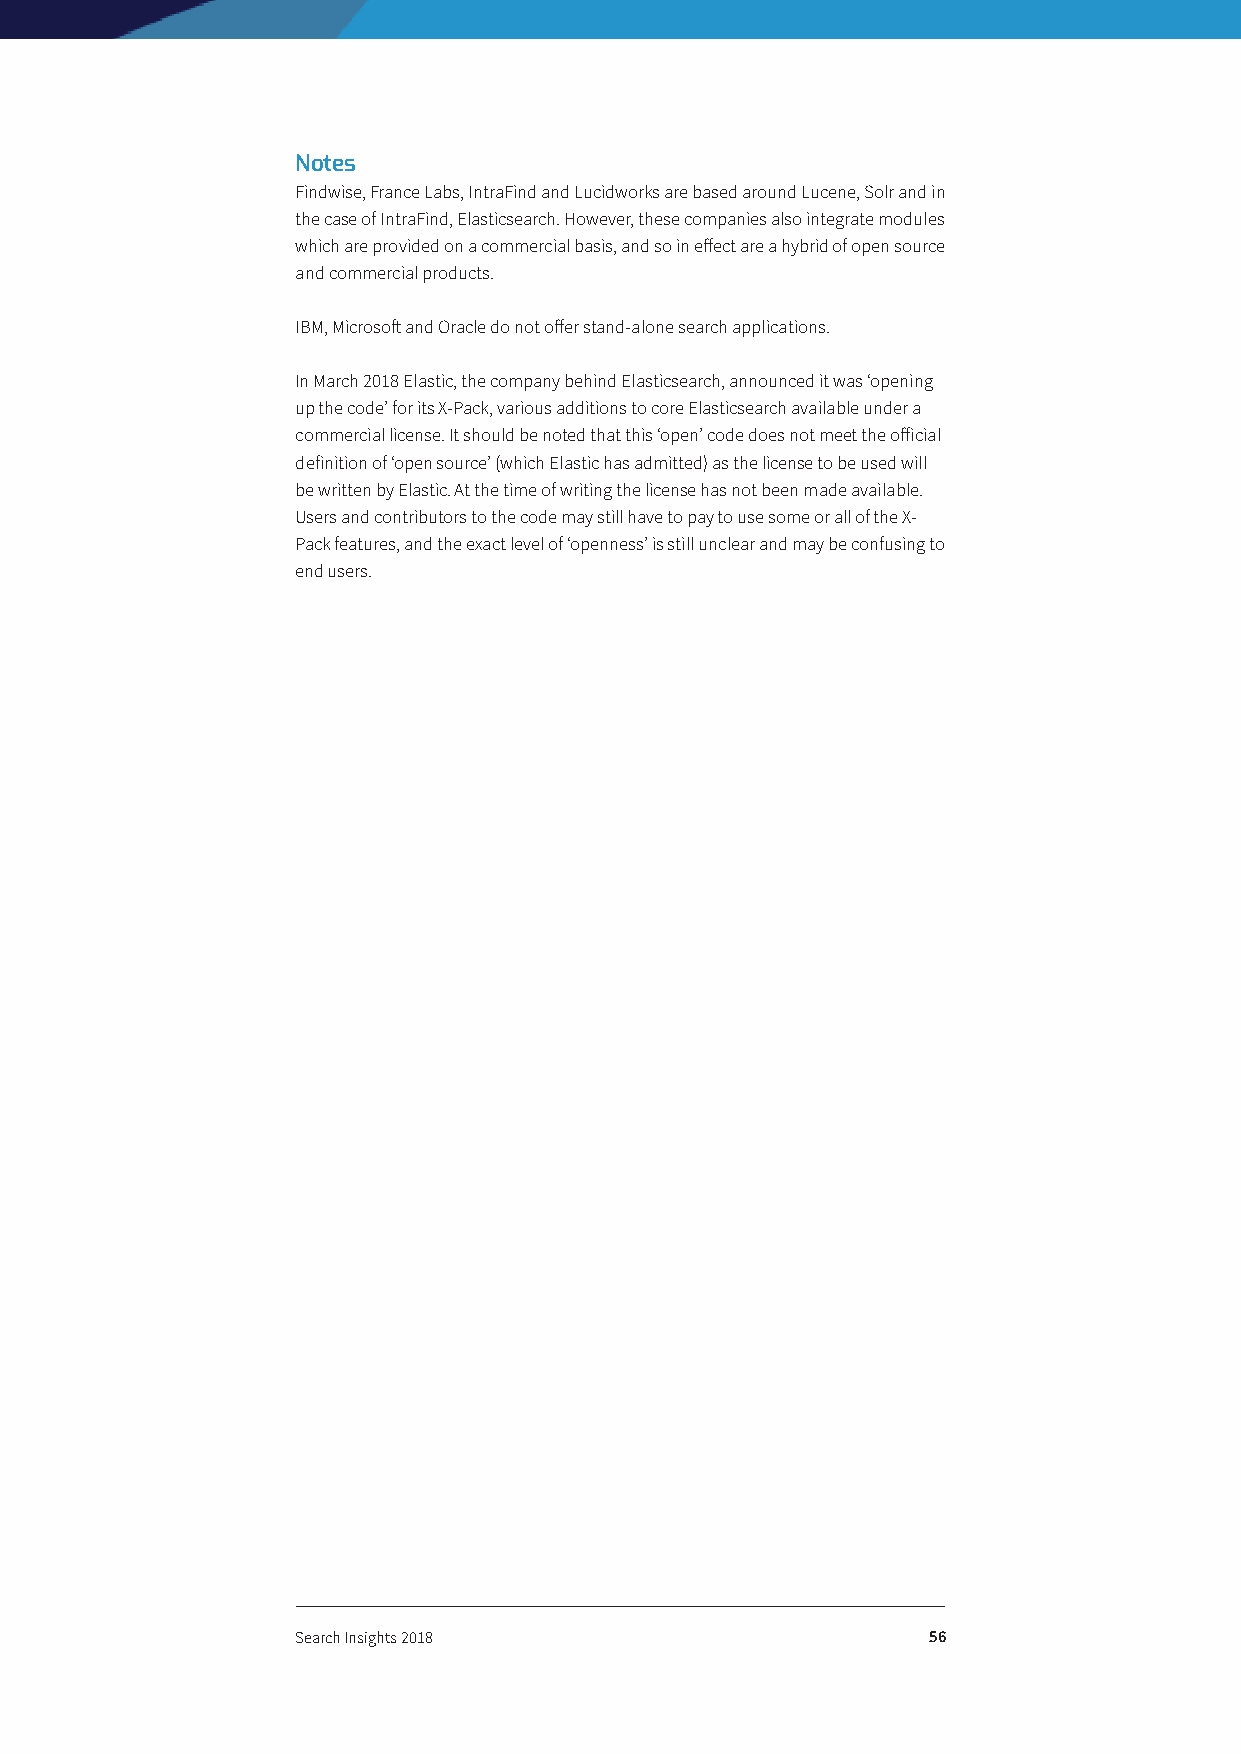
Notes
 Findwise, France Labs, IntraFind and Lucidworks are based around Lucene, Solr and in
 the case of IntraFind, Elasticsearch. However, these companies also integrate modules
 which are provided on a commercial basis, and so in effect are a hybrid of open source
 and commercial products.
 IBM, Microsoft and Oracle do not offer stand-alone search applications.
 In March 2018 Elastic, the company behind Elasticsearch, announced it was ‘opening
 up the code’ for its X-Pack, various additions to core Elasticsearch available under a
 commercial license. It should be noted that this ‘open’ code does not meet the official
 definition of ‘open source’ (which Elastic has admitted) as the license to be used will
 be written by Elastic. At the time of writing the license has not been made available.
 Users and contributors to the code may still have to pay to use some or all of the X-
 Pack features, and the exact level of ‘openness’ is still unclear and may be confusing to
 end users.
 Search Insights 2018                     56